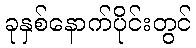
ခုနှစ်နောက်ပိုင်းတွင်